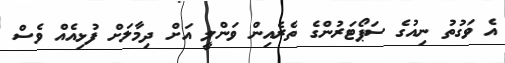
އެ ވަގުތު ނިއުގެ ސަޕޯޓަރުންގެ ތެރެއިން ވަންލީ އަށް ދިމާލަށް ފުޅިއެއް ވެސް